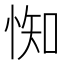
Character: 𢛍